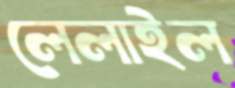
লেলাইল